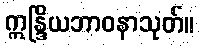
ဣန္ဒြိယဘာဝနာသုတ်။